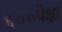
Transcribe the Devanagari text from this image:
६००पेक्षा